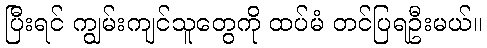
ပြီးရင် ကျွမ်းကျင်သူတွေကို ထပ်မံ တင်ပြရဦးမယ်။